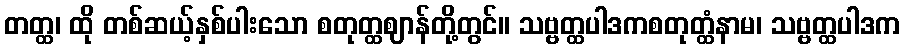
တတ္ထ၊ ထို တစ်ဆယ့်နှစ်ပါးသော စတုတ္ထဈာန်တို့တွင်။ သဗ္ဗတ္ထပါဒကစတုတ္ထံနာမ၊ သဗ္ဗတ္ထပါဒက